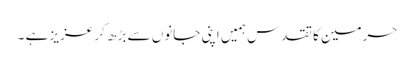
حرمین کا تقدس ہمیں اپنی جانوں سے بڑھ کر عزیز ہے ۔